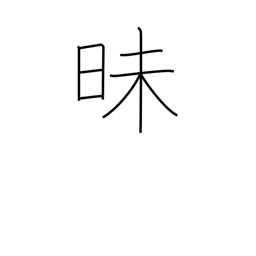
Meaning: dark